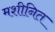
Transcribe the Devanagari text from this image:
मशीनित